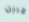
قرين